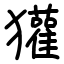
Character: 獾